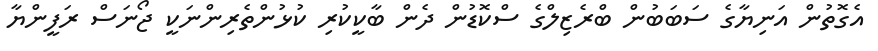
އެގޮތުން އަނިޔާގެ ސަބަބުން ބްރެޒިލްގެ ސްކޮޑުން ދެން ބާކީކުރި ކުޅުންތެރިންނަކީ ޖޯނަސް ރަފީންޔާ